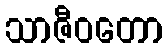
သာဇီဝတော